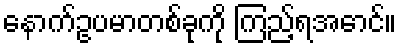
နောက်ဥပမာတစ်ခုကို ကြည့်ရအောင်။